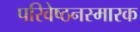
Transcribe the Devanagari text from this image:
परिवेष्ठनस्मारक